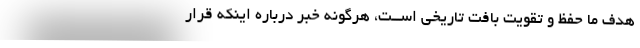
هدف ما حفظ و تقویت بافت تاریخی اســت، هرگونه خبر درباره اینکه قرار